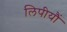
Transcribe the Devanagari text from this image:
लिपीयौं